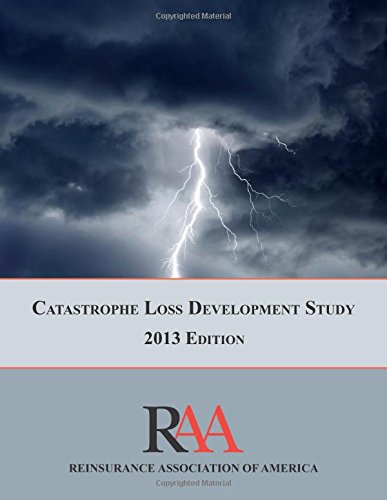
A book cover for Catastrophe Loss Development Study: 2013 Edition; Reinsurance Association of America; Business & Money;